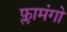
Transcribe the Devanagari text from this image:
फ्लामंगो